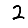
Digit: 2